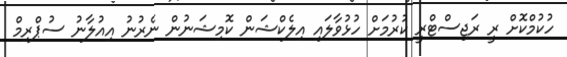
ހުކުމްކޮށް ރީ ރަޖިސްޓްރީ ކުރުމަށް ހުޅުވާލައި އިލެކްޝަން ކޮމިޝަނުން ނެރުނު އިއުލާނު ސުޕްރިމް